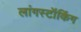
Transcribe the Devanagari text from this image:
लांगस्टॉकिंग